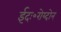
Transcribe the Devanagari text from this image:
ईदः॰रोय्दोन्